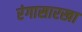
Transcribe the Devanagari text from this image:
रंगासारखा